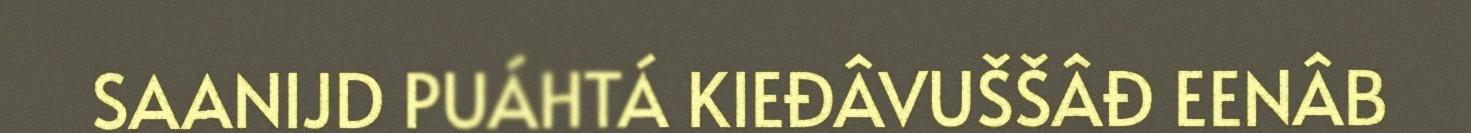
SAANIJD PUÁHTÁ KIEĐÂVUŠŠÂĐ EENÂB